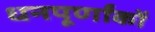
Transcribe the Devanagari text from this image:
धनपूर्णांकों